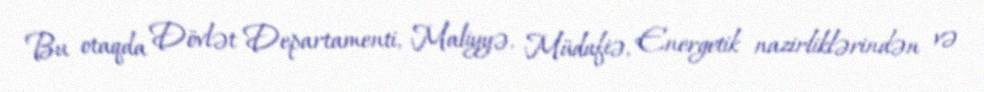
Bu otaqda Dövlət Departamenti, Maliyyə, Müdafiə, Energetik nazirliklərindən və